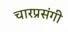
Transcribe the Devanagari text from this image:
चारप्रसंगी